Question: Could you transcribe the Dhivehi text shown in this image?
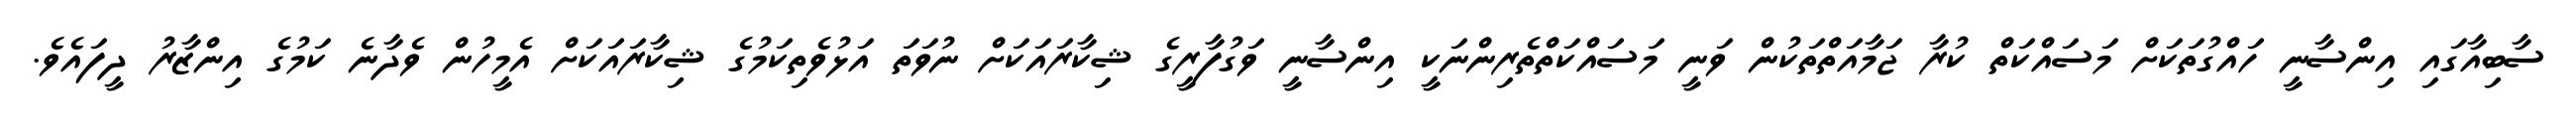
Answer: ސާބިއާގައި އިންސާނީ ހައްގުތަކަށް މަސައްކަތް ކުރާ ޖަމާއަތްތަކުން ވަނީ މަސައްކަތްތެރިންނަކީ އިންސާނީ ވަގުފާރީގެ ޝިކާރައަކަށް ނުވަތަ އަޅުވެތިކަމުގެ ޝިކާރައަކަށް އެމީހުން ވެދާނެ ކަމުގެ އިންޒާރު ދީފައެވެ.